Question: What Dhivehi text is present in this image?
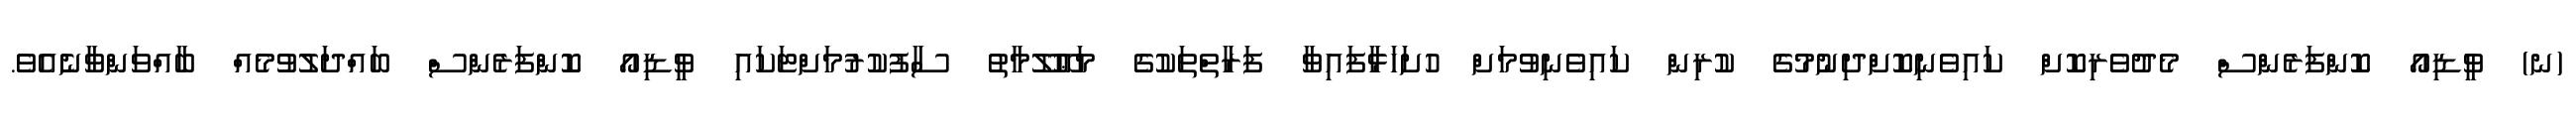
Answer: (ނ) ވީޑިއޯ ކޮންފަރެންސް މެދުވެރިކޮށް ކައިވެނިކޮށްދިނުމުގެ ކުރިން ކައިވެނިވުމަށް ހުށަހަޅާފައިވާ ފަރާތްތަކުގެ މަޢޫލޫމާތު ސާފުކުރުމަށްޓަކައި ވީޑިއޯ ކޮންފަރެންސް ބައްދަލުވުމެއް ބާއްވަންވާނެއެވެ.